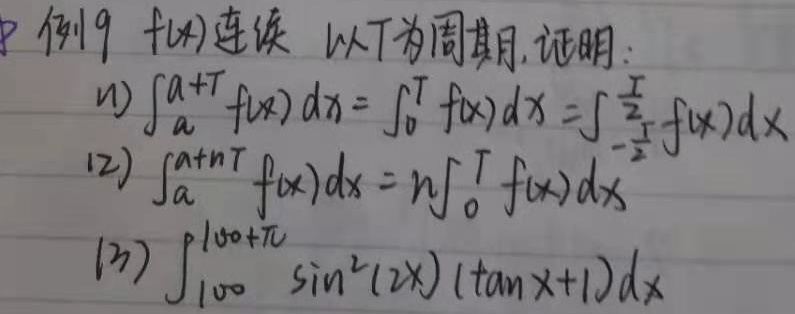
例19 \(f(x)\)连续，以\(T\)为周期, 证明：
(1) \(\int_{a}^{a + T} f(x)dx=\int_{0}^{T} f(x)dx=\int_{-\frac{T}{2}}^{\frac{T}{2}} f(x)dx\)
(2) \(\int_{a}^{a + nT} f(x)dx=n\int_{0}^{T} f(x)dx\)
(3) \(\int_{100}^{100+\pi} \sin^{2}(2x)(\tan x + 1)dx\)